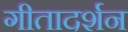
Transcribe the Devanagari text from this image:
गीतादर्शन